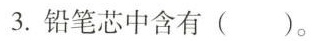
3.铅笔芯中含有（ ）。